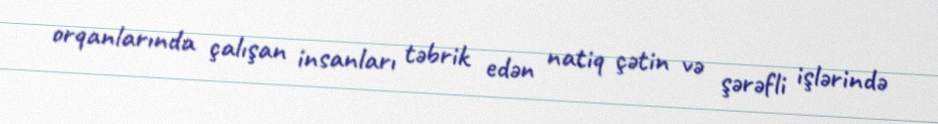
orqanlarında çalışan insanları təbrik edən natiq çətin və şərəfli işlərində